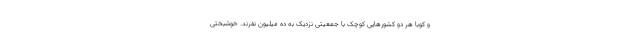
و کوبا هر دو کشورهایی کوچک با جمعیتی نزدیک به ده میلیون نفرند. خوشبختی